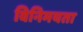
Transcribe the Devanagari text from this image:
विनिमयता